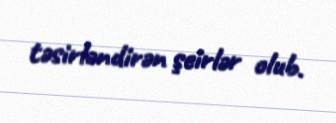
təsirləndirən şeirlər olub.